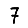
Digit: 7